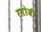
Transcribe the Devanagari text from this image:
रतोजी